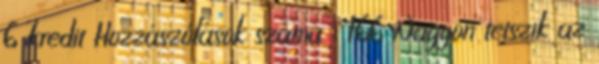
6 kredit Hozzászólások száma : 166 Nagyon tetszik az